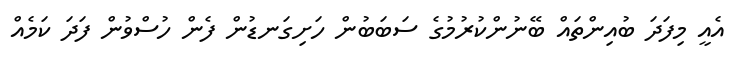
އެއީ މިފަދަ ބުއިންތައް ބޭނުންކުރުމުގެ ސަބަބުން ހަށިގަނޑުން ފެން ހުސްވުން ފަދަ ކަމެއް